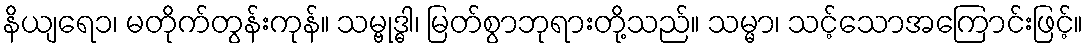
နိယျရေ၁၊ မတိုက်တွန်းကုန်။ သမ္ဗုဒ္ဓါ၊ မြတ်စွာဘုရားတို့သည်။ သမ္မာ၊ သင့်သောအကြောင်းဖြင့်။